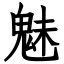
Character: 魅